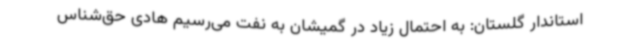
استاندار گلستان: به احتمال زیاد در گمیشان به نفت می‌رسیم هادی حق‌شناس